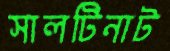
সালটিনাট